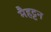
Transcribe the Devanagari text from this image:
मैहट्टन